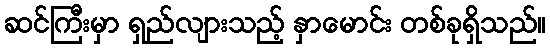
ဆင်ကြီးမှာ ရှည်လျားသည့် နှာမောင်း တစ်ခုရှိသည်။